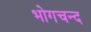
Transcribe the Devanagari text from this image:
भोगचन्द